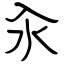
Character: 汆